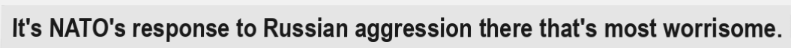
It's NATO's response to Russian aggression there that's most worrisome.